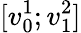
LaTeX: [v_{0}^{1};v_{1}^{2}]